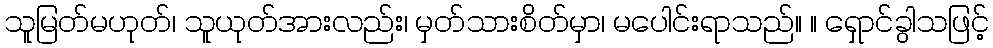
သူမြတ်မဟုတ်၊ သူယုတ်အားလည်း၊ မှတ်သားစိတ်မှာ၊ မပေါင်းရာသည်။ ။ ရှောင်ခွါသဖြင့်